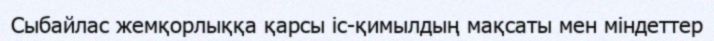
Сыбайлас жемқорлыққа қарсы іс-қимылдың мақсаты мен міндеттер